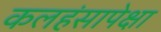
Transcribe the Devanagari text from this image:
कलहंसापेक्षा